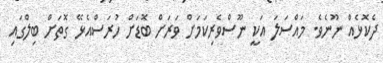
ދެކޮޅެއް ނޫނެވެ. މައްސަލަ އަކީ ނޫސްވެރިކަމަށް ވަރަށް ބޮޑަށް ހުރަސްއެޅޭ ގޮތަށް ބިލްގައި